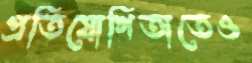
প্রতিযোগিতাতেও